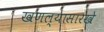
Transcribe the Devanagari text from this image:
खणल्यासारखे